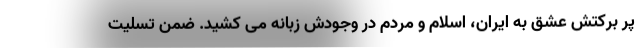
پر برکتش عشق به ایران، اسلام و مردم در وجودش زبانه می کشید. ضمن تسلیت